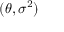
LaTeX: ( \theta , \sigma ^ { 2 } )